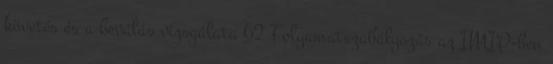
követés és a beválás vizsgálata 62 Folyamatszabályozás az IMIP-ben